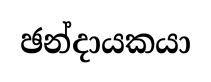
ඡන්දායකයා